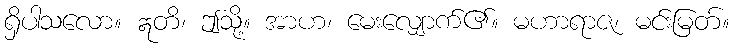
ရှိပါသလော။ ဣတိ၊ ဤသို့။ အာဟ၊ မေးလျှောက်၏။ မဟာရာဇ၊ မင်းမြတ်။